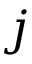
j